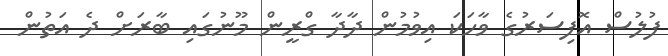
ފުލުސް އޮފިސަރުގެ ވާހަކަ އިވުމުން ދާދާ ގްރީން މޫނުގައި ބާރަށް ދެ އަތުން